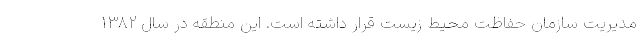
مدیریت سازمان حفاظت محیط زیست قرار داشته است. این منطقه در سال ۱۳۸۲